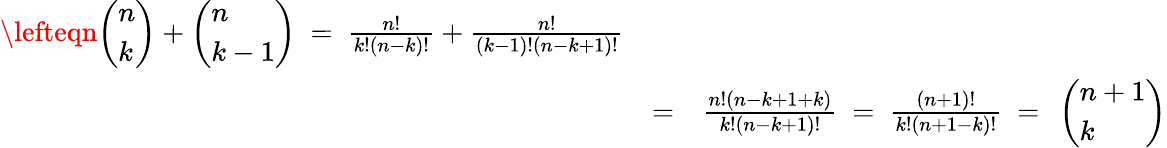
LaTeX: \begin{array}{rlr}{\lefteqn{\left(\begin{array}{l}{n}\\ {k}\end{array}\right)+\left(\begin{array}{l}{n}\\ {k-1}\end{array}\right)\ =\ \frac{n!}{k!(n-k)!}+\frac{n!}{(k-1)!(n-k+1)!}}}\\ &{=}&{\frac{n!(n-k+1+k)}{k!(n-k+1)!}\ =\ \frac{(n+1)!}{k!(n+1-k)!}\ =\ \left(\begin{array}{l}{n+1}\\ {k}\end{array}\right)}\end{array}